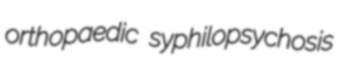
orthopaedic syphilopsychosis